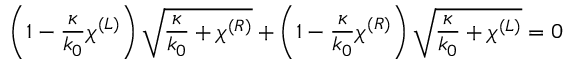
\left( 1 - \frac { \kappa } { k _ { 0 } } \chi ^ { ( L ) } \right) \sqrt { \frac { \kappa } { k _ { 0 } } + \chi ^ { ( R ) } } + \left( 1 - \frac { \kappa } { k _ { 0 } } \chi ^ { ( R ) } \right) \sqrt { \frac { \kappa } { k _ { 0 } } + \chi ^ { ( L ) } } = 0